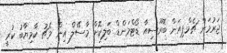
ޖަރުމަން ޗެމްޕިއަން ބޮރޫސިއާ ޑޯޓްމަންޑް ބަލިކޮށް މާސޭލް އިން މެޗު ކާމިޔާބު ކުރީ